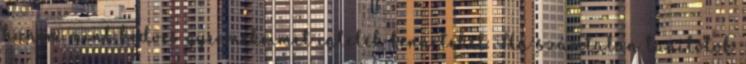
hanem mint kedves gyermekeimet intelek benneteket. Ha számtalan tanítótok